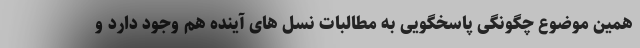
همین موضوع چگونگی پاسخگویی به مطالبات نسل های آینده هم وجود دارد و